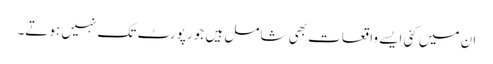
ان میں کئی ایسے واقعات بھی شامل ہیں جو رپورٹ تک نہیں ہوتے۔